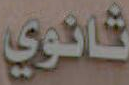
ثانوي